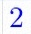
2